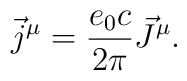
\vec{j}^\mu = \frac{e_0 c}{2 \pi} \vec{J}^\mu .